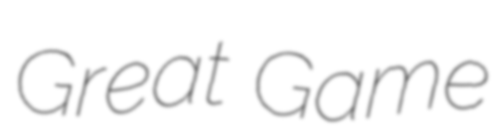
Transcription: Great Game